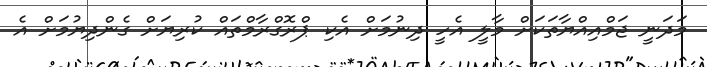
މަދަނީ ޖަމްއިއްޔާތަކަށް މާލީ އެހީ ދިނުމަށް އެކި ޕްރޮގްރާމްތައް ކުރިޔަށް ގެންދިޔުމަށް އެ